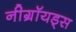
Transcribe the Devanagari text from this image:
नीग्रॉयड्स